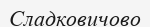
Сладковичово